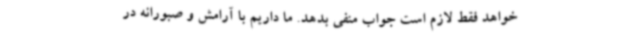
خواهد فقط لازم است جواب منفی بدهد. ما داریم با آرامش و صبورانه در